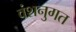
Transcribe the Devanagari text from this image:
वंशनुगत